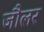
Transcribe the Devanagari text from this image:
जौलर